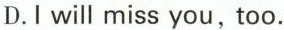
D.I will miss you, too.